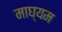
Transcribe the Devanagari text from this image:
माघ्‍यम